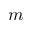
m